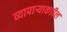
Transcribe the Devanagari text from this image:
व्यापाऱ्याकडील